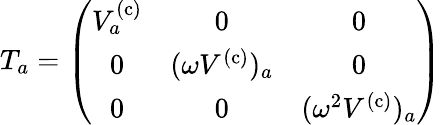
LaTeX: T_{a}=\left(\begin{array}{ccc}{{V_{a}^{(\mathrm{c)}}}}&{{0}}&{{0}}\\ {{0}}&{{(\omega V^{(\mathrm{c)}})_{a}}}&{{0}}\\ {{0}}&{{0}}&{{(\omega^{2}V^{(\mathrm{c)}})_{a}}}\end{array}\right)